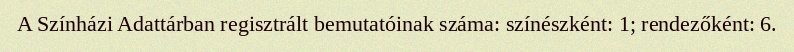
A Színházi Adattárban regisztrált bemutatóinak száma: színészként: 1; rendezőként: 6.